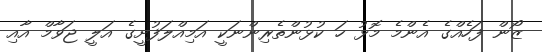
ޒޯން ފަހެއްގެ އެންމެ މޮޅު ހަ ކުޅުންތެރިންނަކީ އަމިއްލަފުށީގެ އަލީ ޖަވާމް އާއި